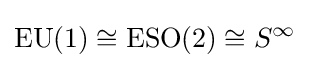
\operatorname {EU} (1)\cong \operatorname {ESO} (2)\cong S^{\infty }